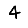
Digit: 4